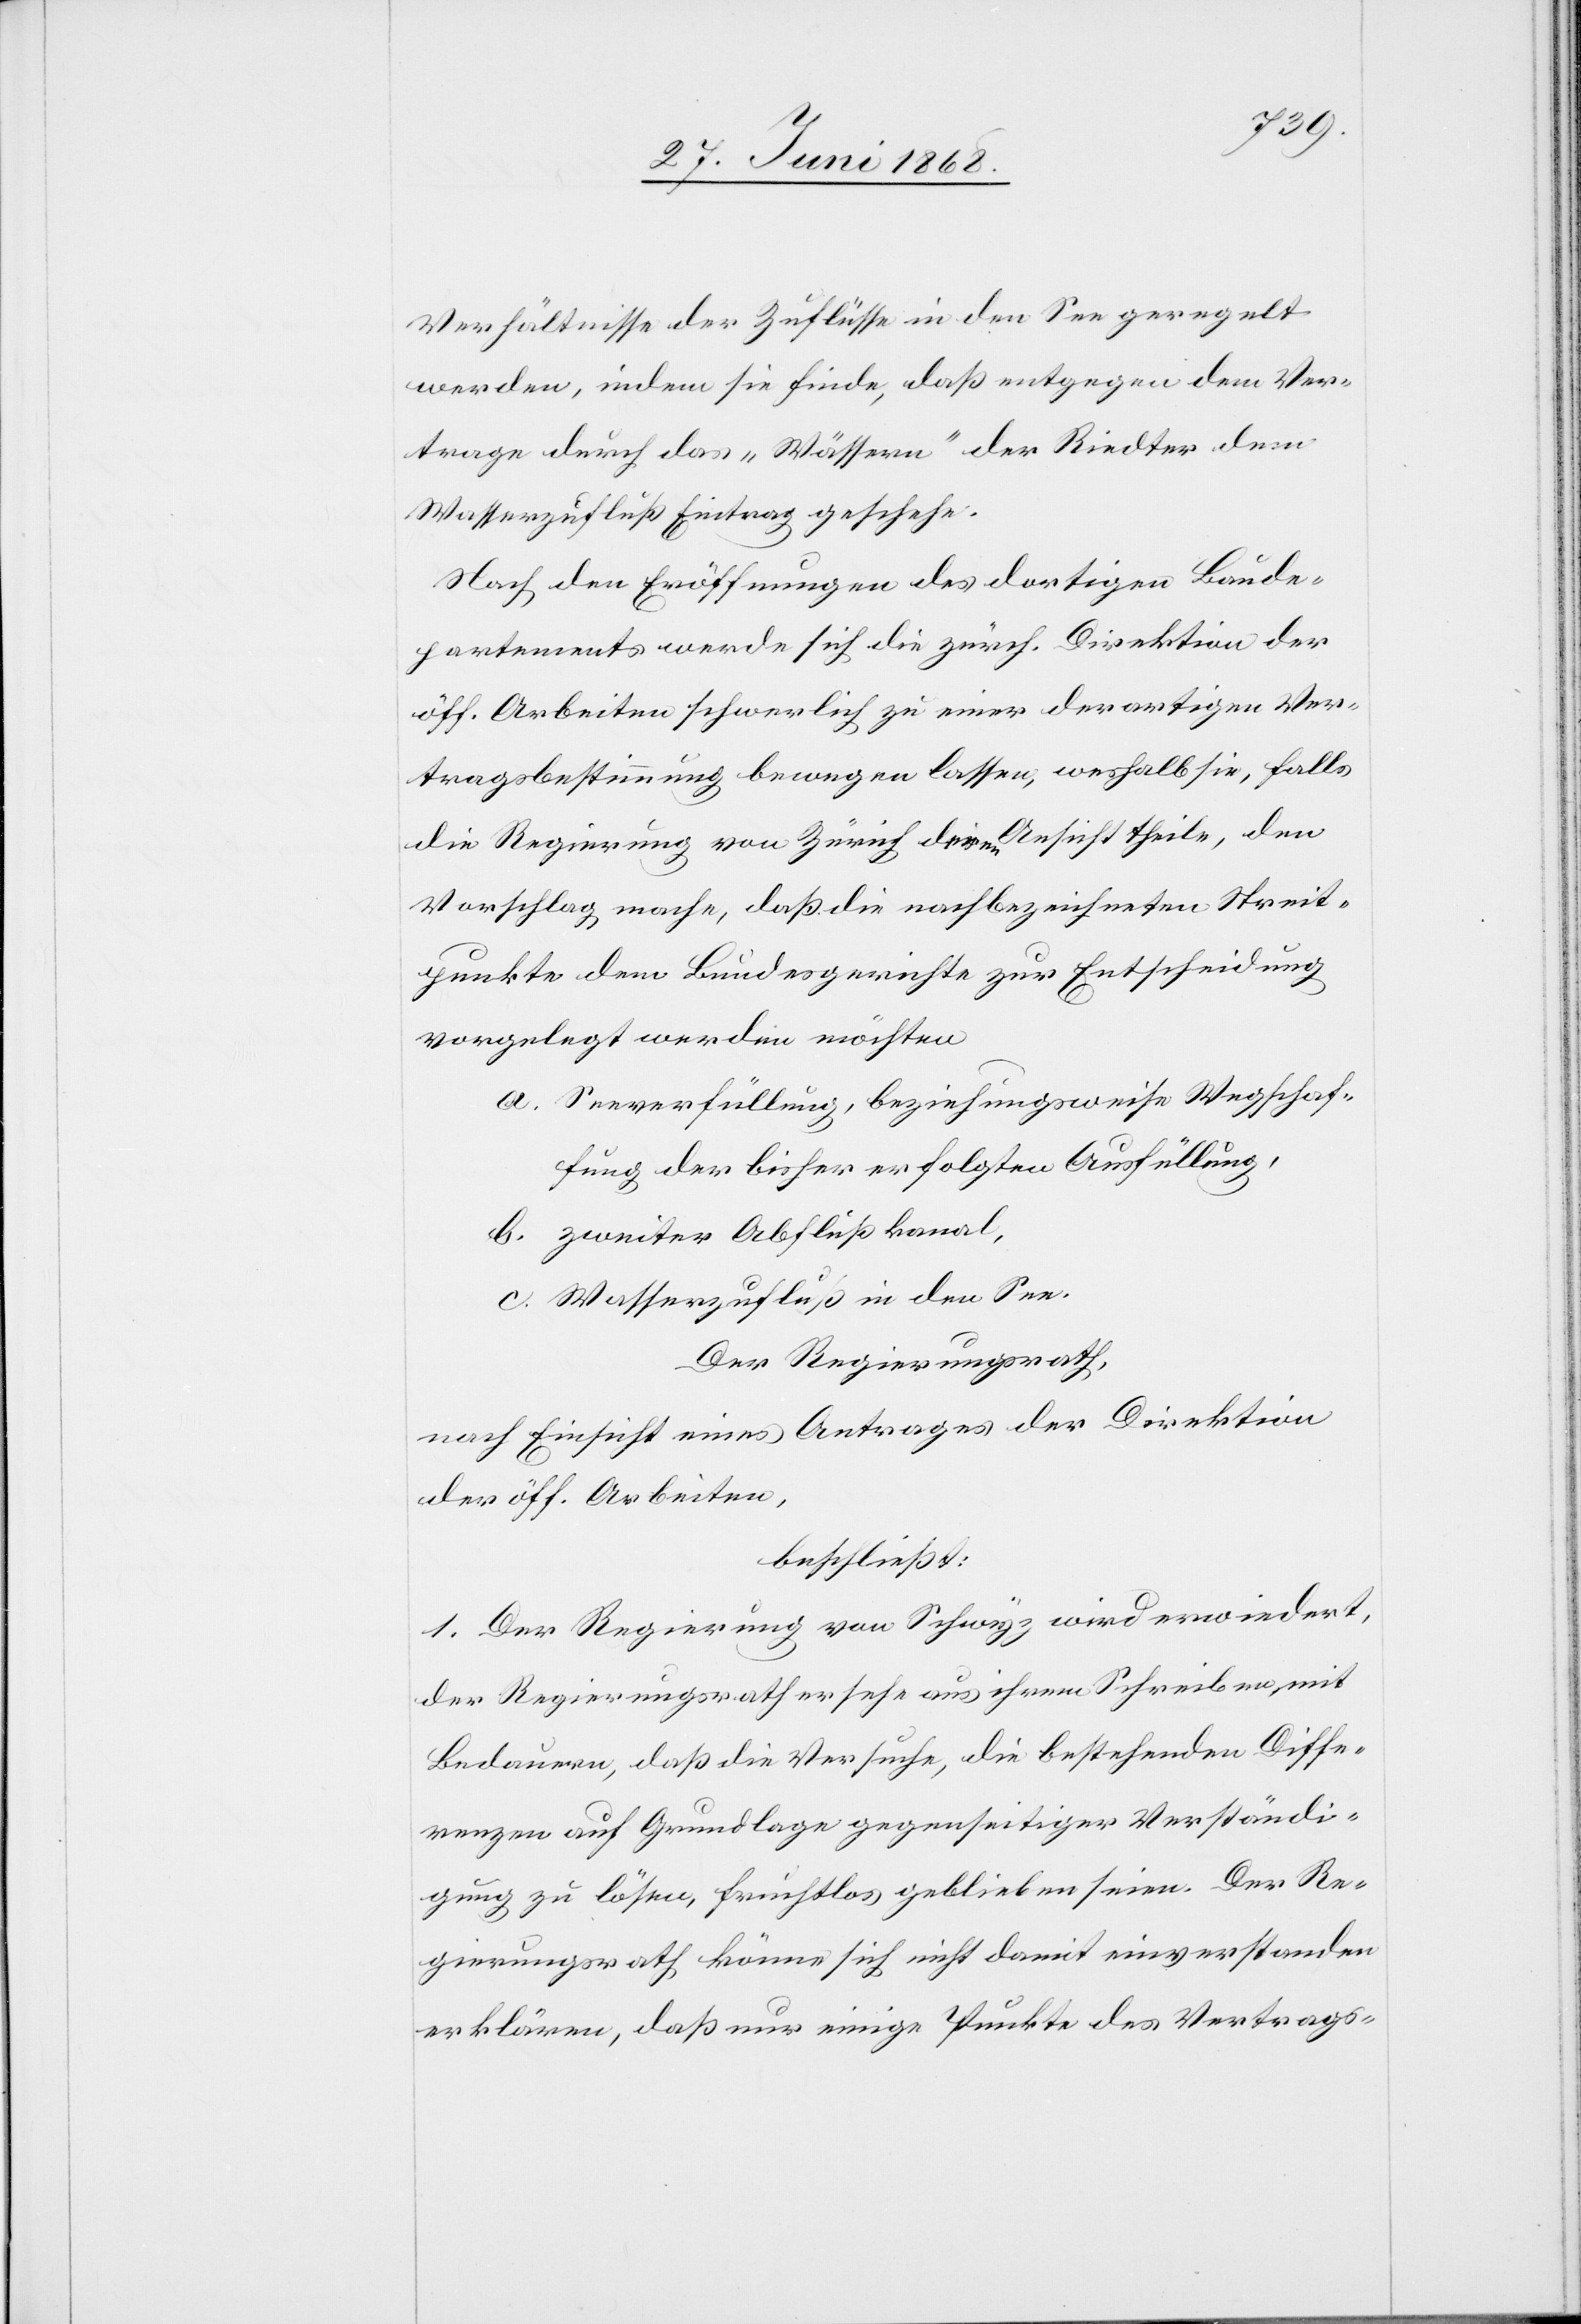
Verhältnisse der Zuflüsse in den See geregelt
werden, indem sie finde, daß entgegen dem Ver¬
trage durch das „Wässern“ der Riedter dem
Wasserzufluß Eintrag geschehe.
Nach den Eröffnungen des dortigen Baude¬
partements werde sich die zürch. Direktion der
öff. Arbeiten schwerlich zu einer derartigen Ver¬
tragsbestimmung bewegen lassen, weshalb sie, falls
die Regierung von Zürich deren Ansicht theile, den
Vorschlag mache, daß die nachbezeichneten Streit¬
punkte dem Bundesgerichte zur Entscheidung
vorgelegt werden möchten
a. Seeverfüllung, beziehungsweise Wegschaf¬
fung der bisher erfolgten Ausfüllung,
b. zweiter Abflußkanal,
c. Wasserzufluß in den See.
Der Regierungsrath,
nach Einsicht eines Antrages der Direktion
der öff. Arbeiten,
beschließt:
1. Der Regierung von Schwyz wird erwiedert,
der Regierungsrath ersehe aus ihrem Schreiben mit
Bedauern, daß die Versuche, die bestehenden Diffe¬
renzen auf Grundlage gegenseitiger Verständi¬
gung zu lösen, fruchtlos geblieben seien. Der Re¬
gierungsrath könne sich nicht damit einverstanden
erklären, daß nur einige Punkte des Vertrags-